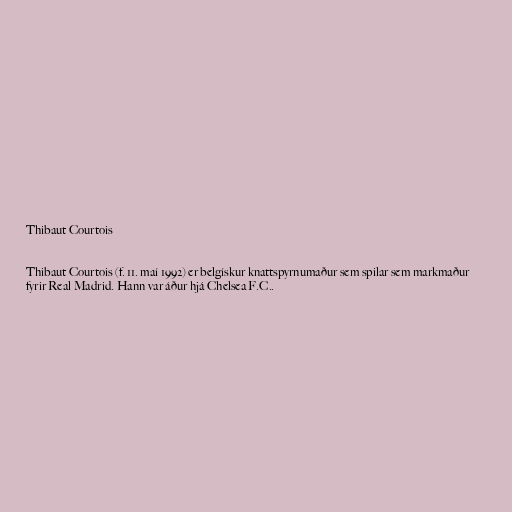
Thibaut Courtois

Thibaut Courtois (f. 11. maí 1992) er belgískur knattspyrnumaður sem spilar sem markmaður
fyrir Real Madrid. Hann var áður hjá Chelsea F.C..